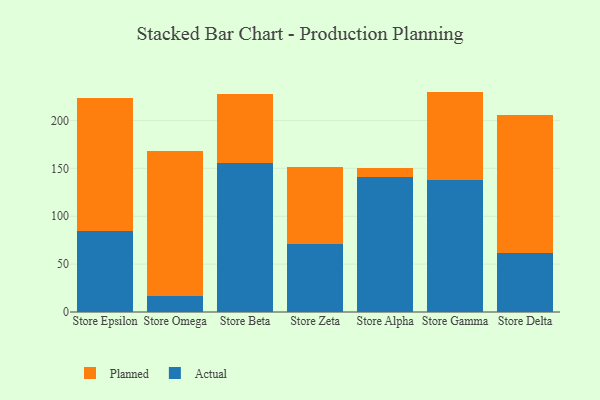
{"axis": {"x": "Store", "y": "Backlog"}, "legend": ["Actual", "Planned"], "data": [{"x": "Store Epsilon", "y": 84.8, "type": "Actual"}, {"x": "Store Epsilon", "y": 138.8, "type": "Planned"}, {"x": "Store Omega", "y": 16.2, "type": "Actual"}, {"x": "Store Omega", "y": 151.7, "type": "Planned"}, {"x": "Store Beta", "y": 155.2, "type": "Actual"}, {"x": "Store Beta", "y": 72.6, "type": "Planned"}, {"x": "Store Zeta", "y": 71.2, "type": "Actual"}, {"x": "Store Zeta", "y": 80.0, "type": "Planned"}, {"x": "Store Alpha", "y": 141.2, "type": "Actual"}, {"x": "Store Alpha", "y": 9.3, "type": "Planned"}, {"x": "Store Gamma", "y": 138.0, "type": "Actual"}, {"x": "Store Gamma", "y": 92.1, "type": "Planned"}, {"x": "Store Delta", "y": 61.3, "type": "Actual"}, {"x": "Store Delta", "y": 144.8, "type": "Planned"}]}